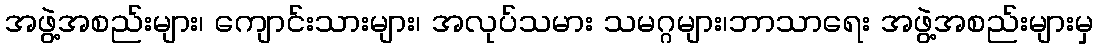
အဖွဲ့အစည်းများ၊ ကျောင်းသားများ၊ အလုပ်သမား သမဂ္ဂများ၊ဘာသာရေး အဖွဲ့အစည်းများမှ